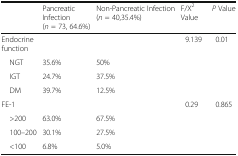
|  | Pancreatic Infection(n = 73, 64.6%) | Non-Pancreatic Infection(n = 40,35.4%) | F/X2 Value | P Value |
 | --- | --- | --- | --- | --- |
 | Endocrine function |  |  | 9.139 | 0.01 |
 | NGT | 35.6% | 50% |  |  |
 | IGT | 24.7% | 37.5% |  |  |
 | DM | 39.7% | 12.5% |  |  |
 | FE-1 |  |  | 0.29 | 0.865 |
 | >200 | 63.0% | 67.5% |  |  |
 | 100–200 | 30.1% | 27.5% |  |  |
 | <100 | 6.8% | 5.0% |  |  |